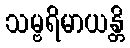
သမ္ဗရိမာယန္တိ